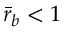
\bar { r } _ { b } < 1